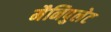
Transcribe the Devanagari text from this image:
मैनिपुलेट